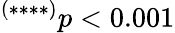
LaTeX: ^{(****)}p<0.001